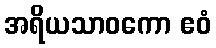
အရိယသာဝကော ဧဝံ